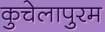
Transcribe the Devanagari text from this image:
कुचेलापुरम